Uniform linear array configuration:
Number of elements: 4
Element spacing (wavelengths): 1
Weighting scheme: hamming
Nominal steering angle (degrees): -15
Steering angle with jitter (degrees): -16.057
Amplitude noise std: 0.05
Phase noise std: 0.05

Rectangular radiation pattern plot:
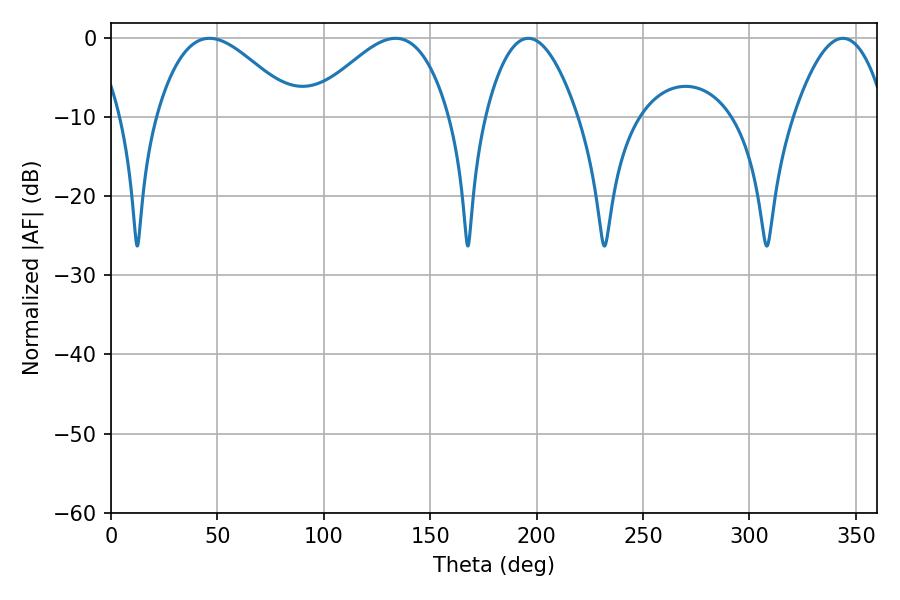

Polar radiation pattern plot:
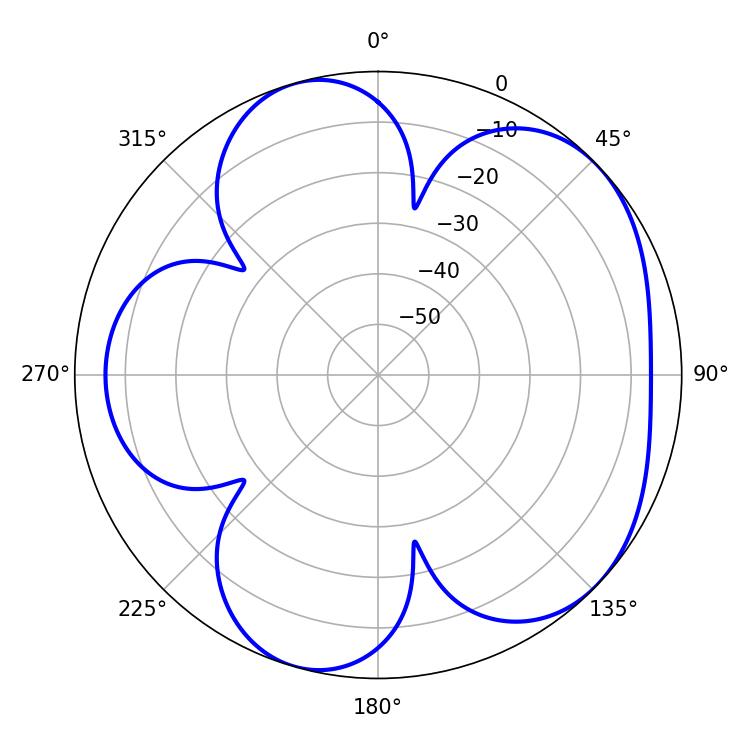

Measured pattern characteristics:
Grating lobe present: TRUE
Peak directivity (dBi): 5.086
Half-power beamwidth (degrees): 35.46
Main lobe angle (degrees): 46.26